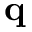
\mathbf { q }